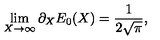
\lim _ { X \rightarrow \infty } \partial _ { X } E _ { 0 } ( X ) = { \frac { 1 } { 2 \sqrt { \pi } } } ,